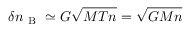
\delta n _ { \mathrm { ~ B ~ } } \simeq G \sqrt { M T n } = \sqrt { G M n }